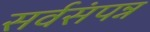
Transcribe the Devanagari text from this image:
सर्वसंपन्न